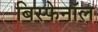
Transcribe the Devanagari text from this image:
बिस्फेनॉल